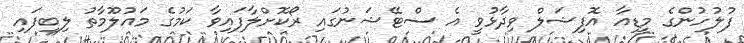
ފުލުހުންގެ މީޑިއާ އޮފިޝަލް ވިދާޅުވީ އެ ސްޓޭޝަނުގައި ރޯކޮށްލާފައިވާ ކަމުގެ މައުލޫމާތު ލިބިފައި